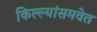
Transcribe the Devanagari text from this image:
किल्ल्यांसमवेत